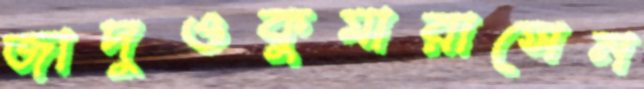
জাদুওকুমারাসেন